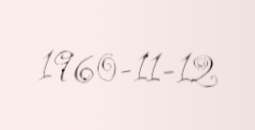
1960-11-12